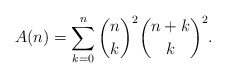
\begin{align*} A (n) = \sum_{k = 0}^n \binom{n}{k}^2 \binom{n + k}{k}^2 . \end{align*}